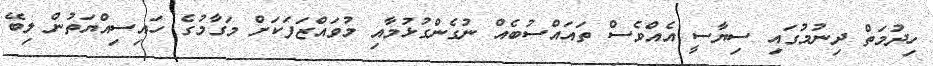
ހިދުމަތް ދިނުމުގައި ސިޔާސީ އެއްވެސް ތައައްސުބެއް ނުގެންގުޅުމާއި މުވައްޒަފަކަށް މަގާމުގެ ހައިސިއްޔަތުން ލިބޭ